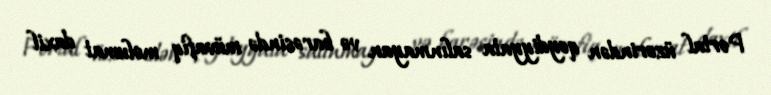
Portal üzərindən qeydiyyata salınmayan və barəsində müvafiq məlumat daxil